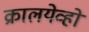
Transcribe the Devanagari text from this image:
क्रालयेव्हो